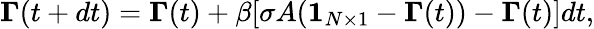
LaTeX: \boldsymbol{\Gamma}(t+dt)=\boldsymbol{\Gamma}(t)+\beta[\sigma A(\boldsymbol{1}_{N\times 1}-\boldsymbol{\Gamma}(t))-\boldsymbol{\Gamma}(t)]dt,